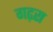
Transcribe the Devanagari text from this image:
गढ़रा